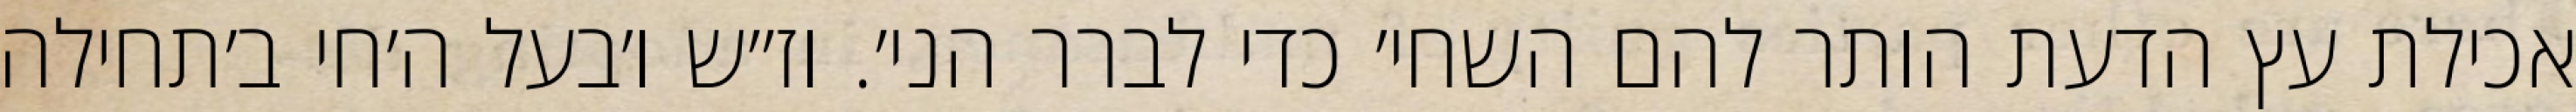
אכילת עץ הדעת הותר להם השחי׳ כדי לברר הני׳. וז״ש ו׳בעל ה׳חי ב׳תחילה